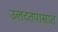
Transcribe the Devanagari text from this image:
उलटतपासात